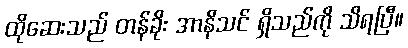
ထိုဆေးသည် တန်ခိုး အာနိသင် ရှိသည်ကို သိရပြီ။